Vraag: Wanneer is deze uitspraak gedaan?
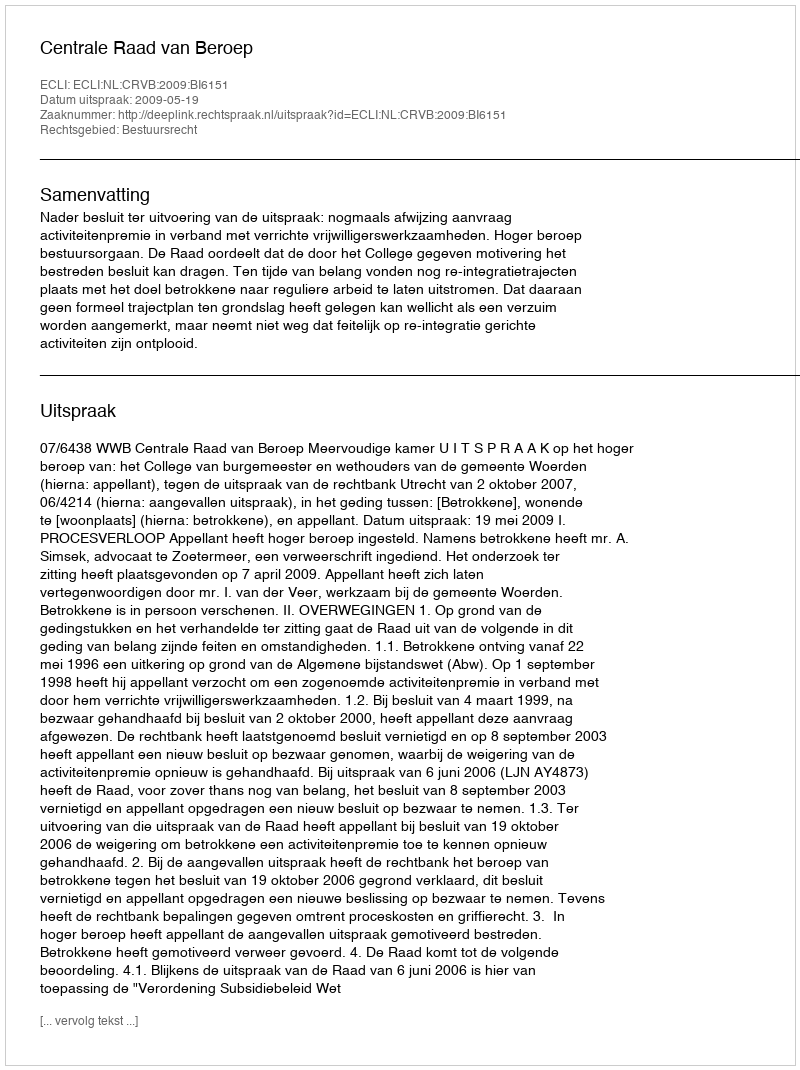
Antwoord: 2009-05-19